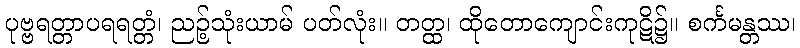
ပုဗ္ဗရတ္တာပရရတ္တံ၊ ညဉ့်သုံးယာမ် ပတ်လုံး။ တတ္ထ၊ ထိုတောကျောင်းကုဋိ၌။ စင်္ကမန္တဿ၊